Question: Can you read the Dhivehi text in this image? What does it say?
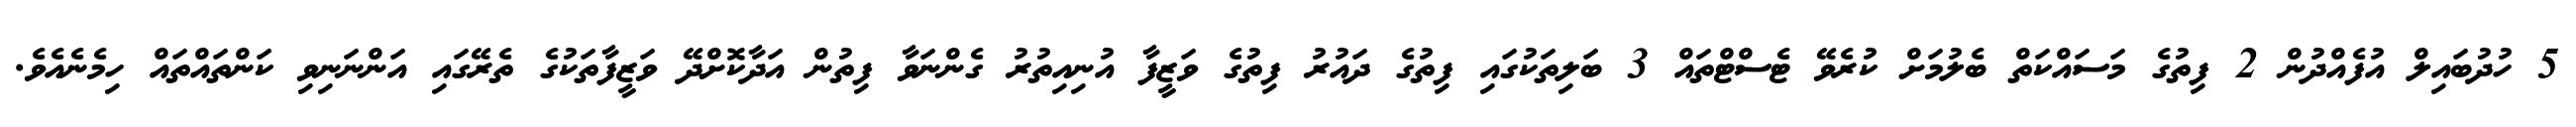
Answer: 5 ހުދުބައިލް އުފެއްދުން 2 ފިތުގެ މަސައްކަތް ބެލުމަށް ކުރެވޭ ޓެސްޓްތައް 3 ބަލިތަކުގައި ފިތުގެ ދައުރު ފިތުގެ ވަޒީފާ އުނިއިތުރު ގެންނަވާ ފިތުން އަދާކޮށްދޭ ވަޒީފާތަކުގެ ތެރޭގައި އަންނަނިވި ކަންތައްތައް ހިމެނެއެވެ.